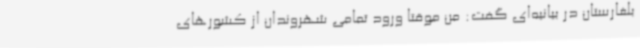
بلغارستان در بیانیه‌ای گفت: من موقتا ورود تمامی شهروندان از کشورهای